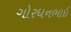
ગોરધનભાઇ